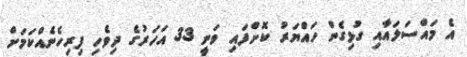
އެ މައްސަލައާއި ގުޅިގެން ހައްޔަރު ކޮށްފައި ވަނީ 33 އަހަރުގެ ދިވެހި ފިރިހެނެއްކަމަށް